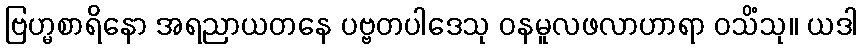
ဗြဟ္မစာရိနော အရညာယတနေ ပဗ္ဗတပါဒေသု ဝနမူလဖလာဟာရာ ဝသိံသု။ ယဒါ